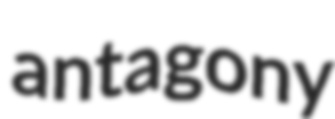
antagony